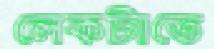
লেকটাতে